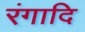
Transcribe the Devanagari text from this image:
रंगादि